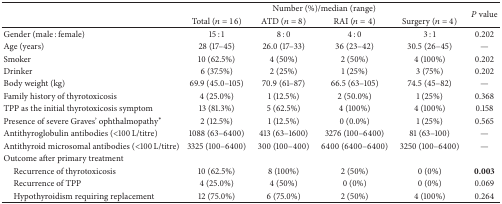
|  | <COLSPAN=4> Number (%)/median (range) | <ROWSPAN=2> P value |
 |  | Total (n = 16) | ATD (n = 8) | RAI (n = 4) | Surgery (n = 4) |
 | --- | --- | --- | --- | --- | --- |
 | Gender (male : female) | 15 : 1 | 8 : 0 | 4 : 0 | 3 : 1 | 0.202 |
 | Age (years) | 28 (17–45) | 26.0 (17–33) | 36 (23–42) | 30.5 (26–45) | — |
 | Smoker | 10 (62.5%) | 4 (50%) | 2 (50%) | 4 (100%) | 0.202 |
 | Drinker | 6 (37.5%) | 2 (25%) | 1 (25%) | 3 (75%) | 0.202 |
 | Body weight (kg) | 69.9 (45.0–105) | 70.9 (61–87) | 66.5 (63–105) | 74.5 (45–82) | — |
 | Family history of thyrotoxicosis | 4 (25.0%) | 1 (12.5%) | 2 (50.0%) | 1 (25%) | 0.368 |
 | TPP as the initial thyrotoxicosis symptom | 13 (81.3%) | 5 (62.5%) | 4 (100%) | 4 (100%) | 0.158 |
 | Presence of severe Graves' ophthalmopathy∗ | 2 (12.5%) | 1 (12.5%) | 0 (0.0%) | 1 (25%) | 0.565 |
 | Antithyroglobulin antibodies (<100 L/titre) | 1088 (63–6400) | 413 (63–1600) | 3276 (100–6400) | 81 (63–100) | — |
 | Antithyroid microsomal antibodies (<100 L/titre) | 3325 (100–6400) | 300 (100–400) | 6400 (6400–6400) | 3250 (100–6400) | — |
 | Outcome after primary treatment |  |  |  |  |  |
 | Recurrence of thyrotoxicosis | 10 (62.5%) | 8 (100%) | 2 (50%) | 0 (0%) | 0.003 |
 | Recurrence of TPP | 4 (25.0%) | 4 (50%) | 0 (0%) | 0 (0%) | 0.069 |
 | Hypothyroidism requiring replacement | 12 (75.0%) | 6 (75.0%) | 2 (50%) | 4 (100%) | 0.264 |